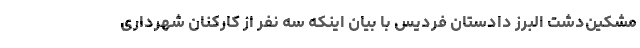
مشکین‌دشت البرز دادستان فردیس با بیان اینکه سه نفر از کارکنان شهرداری